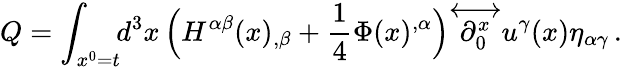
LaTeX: Q=\int_{x^{0}=t}\! \! d^{3}x\, \Big(H^{\alpha\beta}(x)_{,\beta}+\frac{1}{4}\Phi(x)^{,\alpha}\Big){\stackrel{\longleftrightarrow}{\partial_{0}^{x}}}u^{\gamma}(x)\eta_{\alpha\gamma}\, .